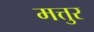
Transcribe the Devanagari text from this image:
मत्तुर